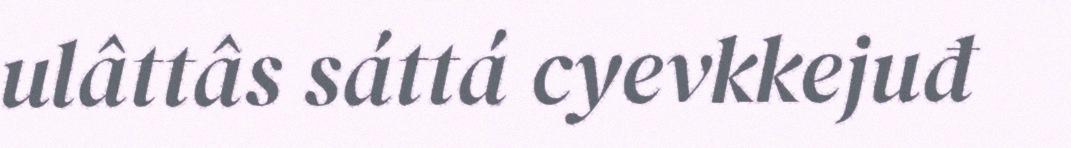
ulâttâs sáttá cyevkkejuđ